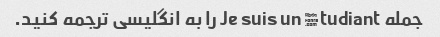
جمله Je suis un étudiant را به انگلیسی ترجمه کنید.